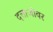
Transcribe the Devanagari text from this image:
दत्ताजींवर